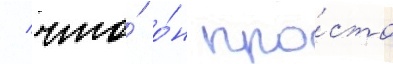
/ что́ о́н про́сто